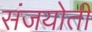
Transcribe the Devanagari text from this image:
संजयोती